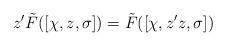
LaTeX: \begin{align*} z'\tilde F([\chi,z,\sigma])=\tilde F([\chi,z'z,\sigma])\quad\end{align*}